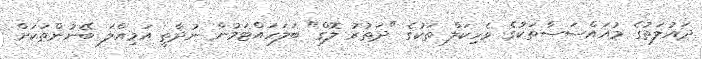
ދައުލަތުގެ މުއައްސަސާތަކުގެ ވެހިކަލް ތަކުގެ "ދަތުރު ލޮގް" ބަލަހައްޓަމުން ނުދާތީ އަމިއްލަ ބޭނުންތަކަށް